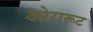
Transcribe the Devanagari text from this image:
ओरारूट